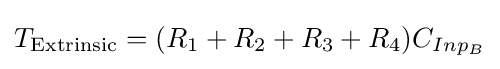
T_{\text{Extrinsic}}=(R_{1}+R_{2}+R_{3}+R_{4})C_{Inp_{B}}